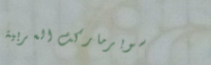
سوبرماركت العربية